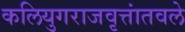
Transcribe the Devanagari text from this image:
कलियुगराजवृत्तांतवले